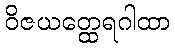
ဝိဇယတ္ထေရဂါထာ